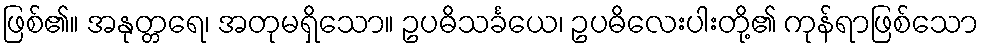
ဖြစ်၏။ အနုတ္တရေ၊ အတုမရှိသော။ ဥပဓိသင်္ခယေ၊ ဥပဓိလေးပါးတို့၏ ကုန်ရာဖြစ်သော